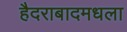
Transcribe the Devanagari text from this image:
हैदराबादमधला